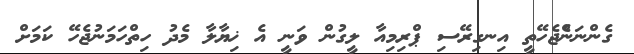
ގެންނަންެޖެހޭތީ އިނގިރޭސި ޕްރިމިއާ ލީގުން ވަނީ އެ ޚިޔާލާ މެދު ހިތްހަމަނުޖެހޭ ކަމަށް